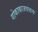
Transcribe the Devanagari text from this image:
गोकाकाजवळच